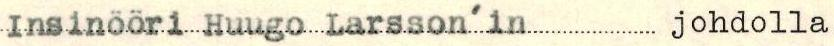
Insinööri Huugo Larsson'in johdolla